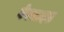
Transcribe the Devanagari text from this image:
बेवसाइट